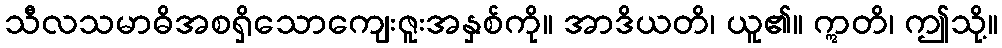
သီလသမာဓိအစရှိသောကျေးဇူးအနှစ်ကို။ အာဒိယတိ၊ ယူ၏။ ဣတိ၊ ဤသို့။